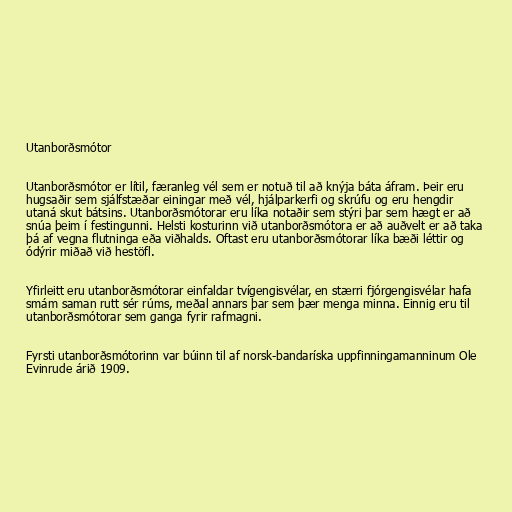
Utanborðsmótor

Utanborðsmótor er lítil, færanleg vél sem er notuð til að knýja báta áfram. Þeir eru
hugsaðir sem sjálfstæðar einingar með vél, hjálparkerfi og skrúfu og eru hengdir
utaná skut bátsins. Utanborðsmótorar eru líka notaðir sem stýri þar sem hægt er að
snúa þeim í festingunni. Helsti kosturinn við utanborðsmótora er að auðvelt er að taka
þá af vegna flutninga eða viðhalds. Oftast eru utanborðsmótorar líka bæði léttir og
ódýrir miðað við hestöfl.

Yfirleitt eru utanborðsmótorar einfaldar tvígengisvélar, en stærri fjórgengisvélar hafa
smám saman rutt sér rúms, meðal annars þar sem þær menga minna. Einnig eru til
utanborðsmótorar sem ganga fyrir rafmagni.

Fyrsti utanborðsmótorinn var búinn til af norsk-bandaríska uppfinningamanninum Ole
Evinrude árið 1909.